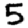
Digit: 5